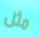
مثل